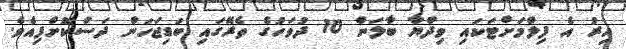
އިރު އެ ފިލްމަށްޓަކައި ވިދްޔާ ބާލަން 10 ދުވަހުގެ ތެރޭގައި ބަޑިޖަހަން ދަސްކޮށްފިއެވެ.